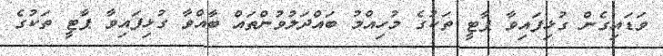
ވަޑައިގެން ގުޅިފައިވާ ޕާޓީ ތަކުގެ މުހިއްމު ބައްދަލުވުންތައް ބާއްވާ ގުޅިފައިވާ ޕާޓީ ތަކުގެ